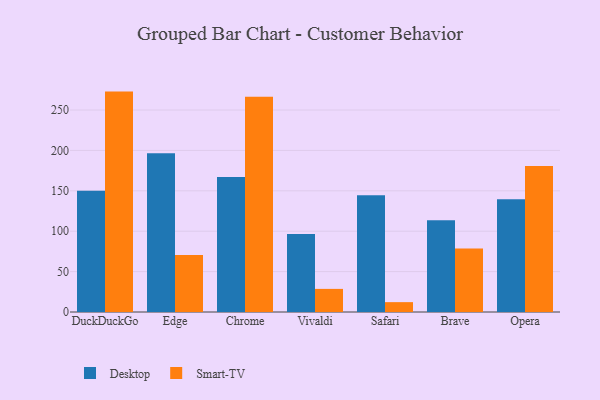
{"axis": {"x": "Browser", "y": "Energy Usage (MWh)"}, "legend": ["Desktop", "Smart-TV"], "data": [{"x": "DuckDuckGo", "y": 150.1, "type": "Desktop"}, {"x": "DuckDuckGo", "y": 272.8, "type": "Smart-TV"}, {"x": "Edge", "y": 196.5, "type": "Desktop"}, {"x": "Edge", "y": 70.4, "type": "Smart-TV"}, {"x": "Chrome", "y": 167.0, "type": "Desktop"}, {"x": "Chrome", "y": 266.4, "type": "Smart-TV"}, {"x": "Vivaldi", "y": 96.5, "type": "Desktop"}, {"x": "Vivaldi", "y": 28.6, "type": "Smart-TV"}, {"x": "Safari", "y": 144.6, "type": "Desktop"}, {"x": "Safari", "y": 12.2, "type": "Smart-TV"}, {"x": "Brave", "y": 113.6, "type": "Desktop"}, {"x": "Brave", "y": 78.7, "type": "Smart-TV"}, {"x": "Opera", "y": 139.6, "type": "Desktop"}, {"x": "Opera", "y": 180.8, "type": "Smart-TV"}]}